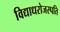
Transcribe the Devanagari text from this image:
विद्याधरोजस्पति